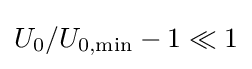
U_{0}/U_{0,\mathrm {min} }-1\ll 1